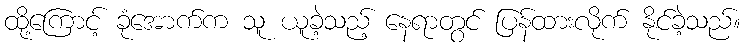
ထို့ကြောင့် ခုံအောက်က သူ ယူခဲ့သည့် နေရာတွင် ပြန်ထားလိုက် နိုင်ခဲ့သည်။